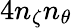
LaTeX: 4n_{\zeta}n_{\theta}